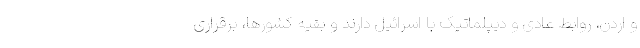
و اردن، روابط عادی و دیپلماتیک با اسرائیل دارند و بقیه کشورها، برقراری